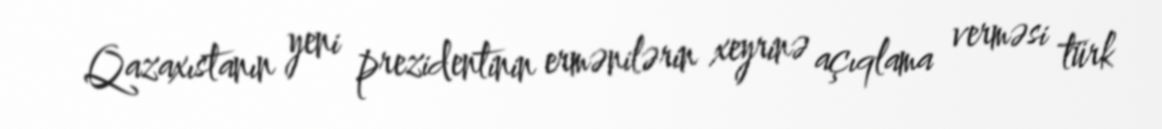
Qazaxıstanın yeni prezidentinin ermənilərin xeyrinə açıqlama verməsi türk